King Institute of Preventive Medicine Micro-Biological Section reports 1912-19
Year: 1912
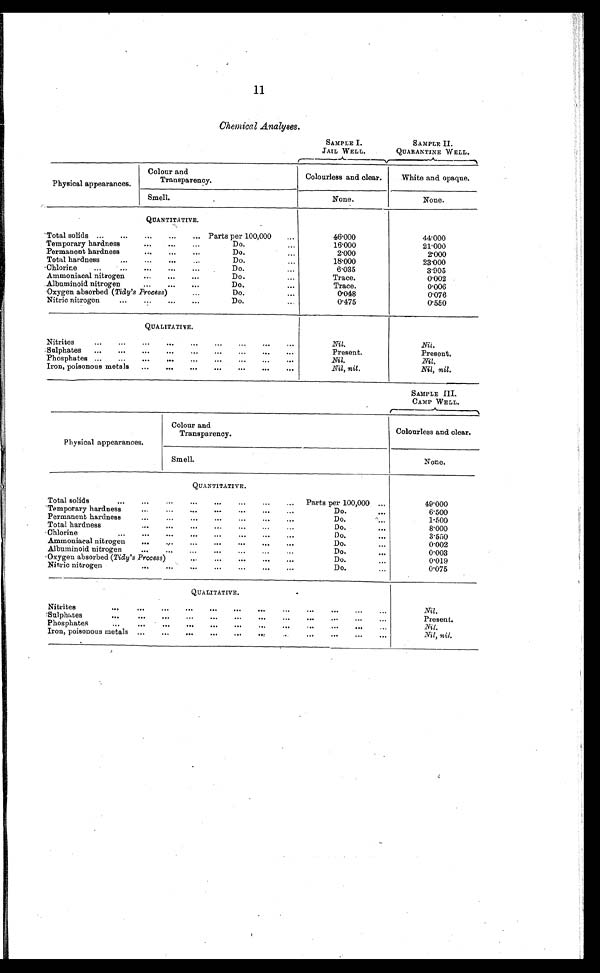
11
Chemical Analyses .
SAMPLE I.
JAIL WELL.
SAMPLE II.
QUARANTINE WELL.
Colour and
Transparency.
Colourless and clear.
White and opaque.
Smell.
None.
None.
Total solids
Parts per 100,000
46·000
44·000
Temporary hardness
16·000
21·000
Permanent hardness
2·000
2·000
Total hardness
18·000
23·000
Chlorine
6·035
3·905
Ammoniacal nitrogen
Do.
Trace.
0·002
Aluminoid nitrogen
Do.
Trace.
0·006
Oxygen absorbed ( Tidy' s Process) Do.
0·048
0·076
Nitric nitrogen
Do.
0 . 4 7 5
0 . 5 5 0
Nil.
Nil .
Present.
Present.
Nil.
Nil .
Nil, nil .
Nil, nil .
SAMPLE III.
CAMP WELL.
Colour and
Transparency.
Colourless and clear.
Smell.
None.
Total solids
Parts per 100,000
49·000
Temporary hardness
Do.
6·500
Permanent hardness
Do.
1·500
Total hardness
Do.
8·000
Chlorine
Do.
3·550
Ammoniaeal nitrogen
Do.
0·002
Albuminoid nitrogen
Do.
0·003
Oxygen absorbed ( Tidy's Process)
Do.
0·019
Nitric nitrogen
Do.
0·075
Nil .
Present.
Nil.
Nil, nil.